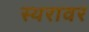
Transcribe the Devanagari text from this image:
स्थरावर